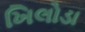
ખિલોડા